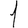
Digit: 1